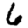
Digit: 6